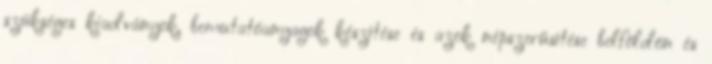
szükséges kiadványok, bemutatóanyagok készítése és azok népszerűsítése belföldön és